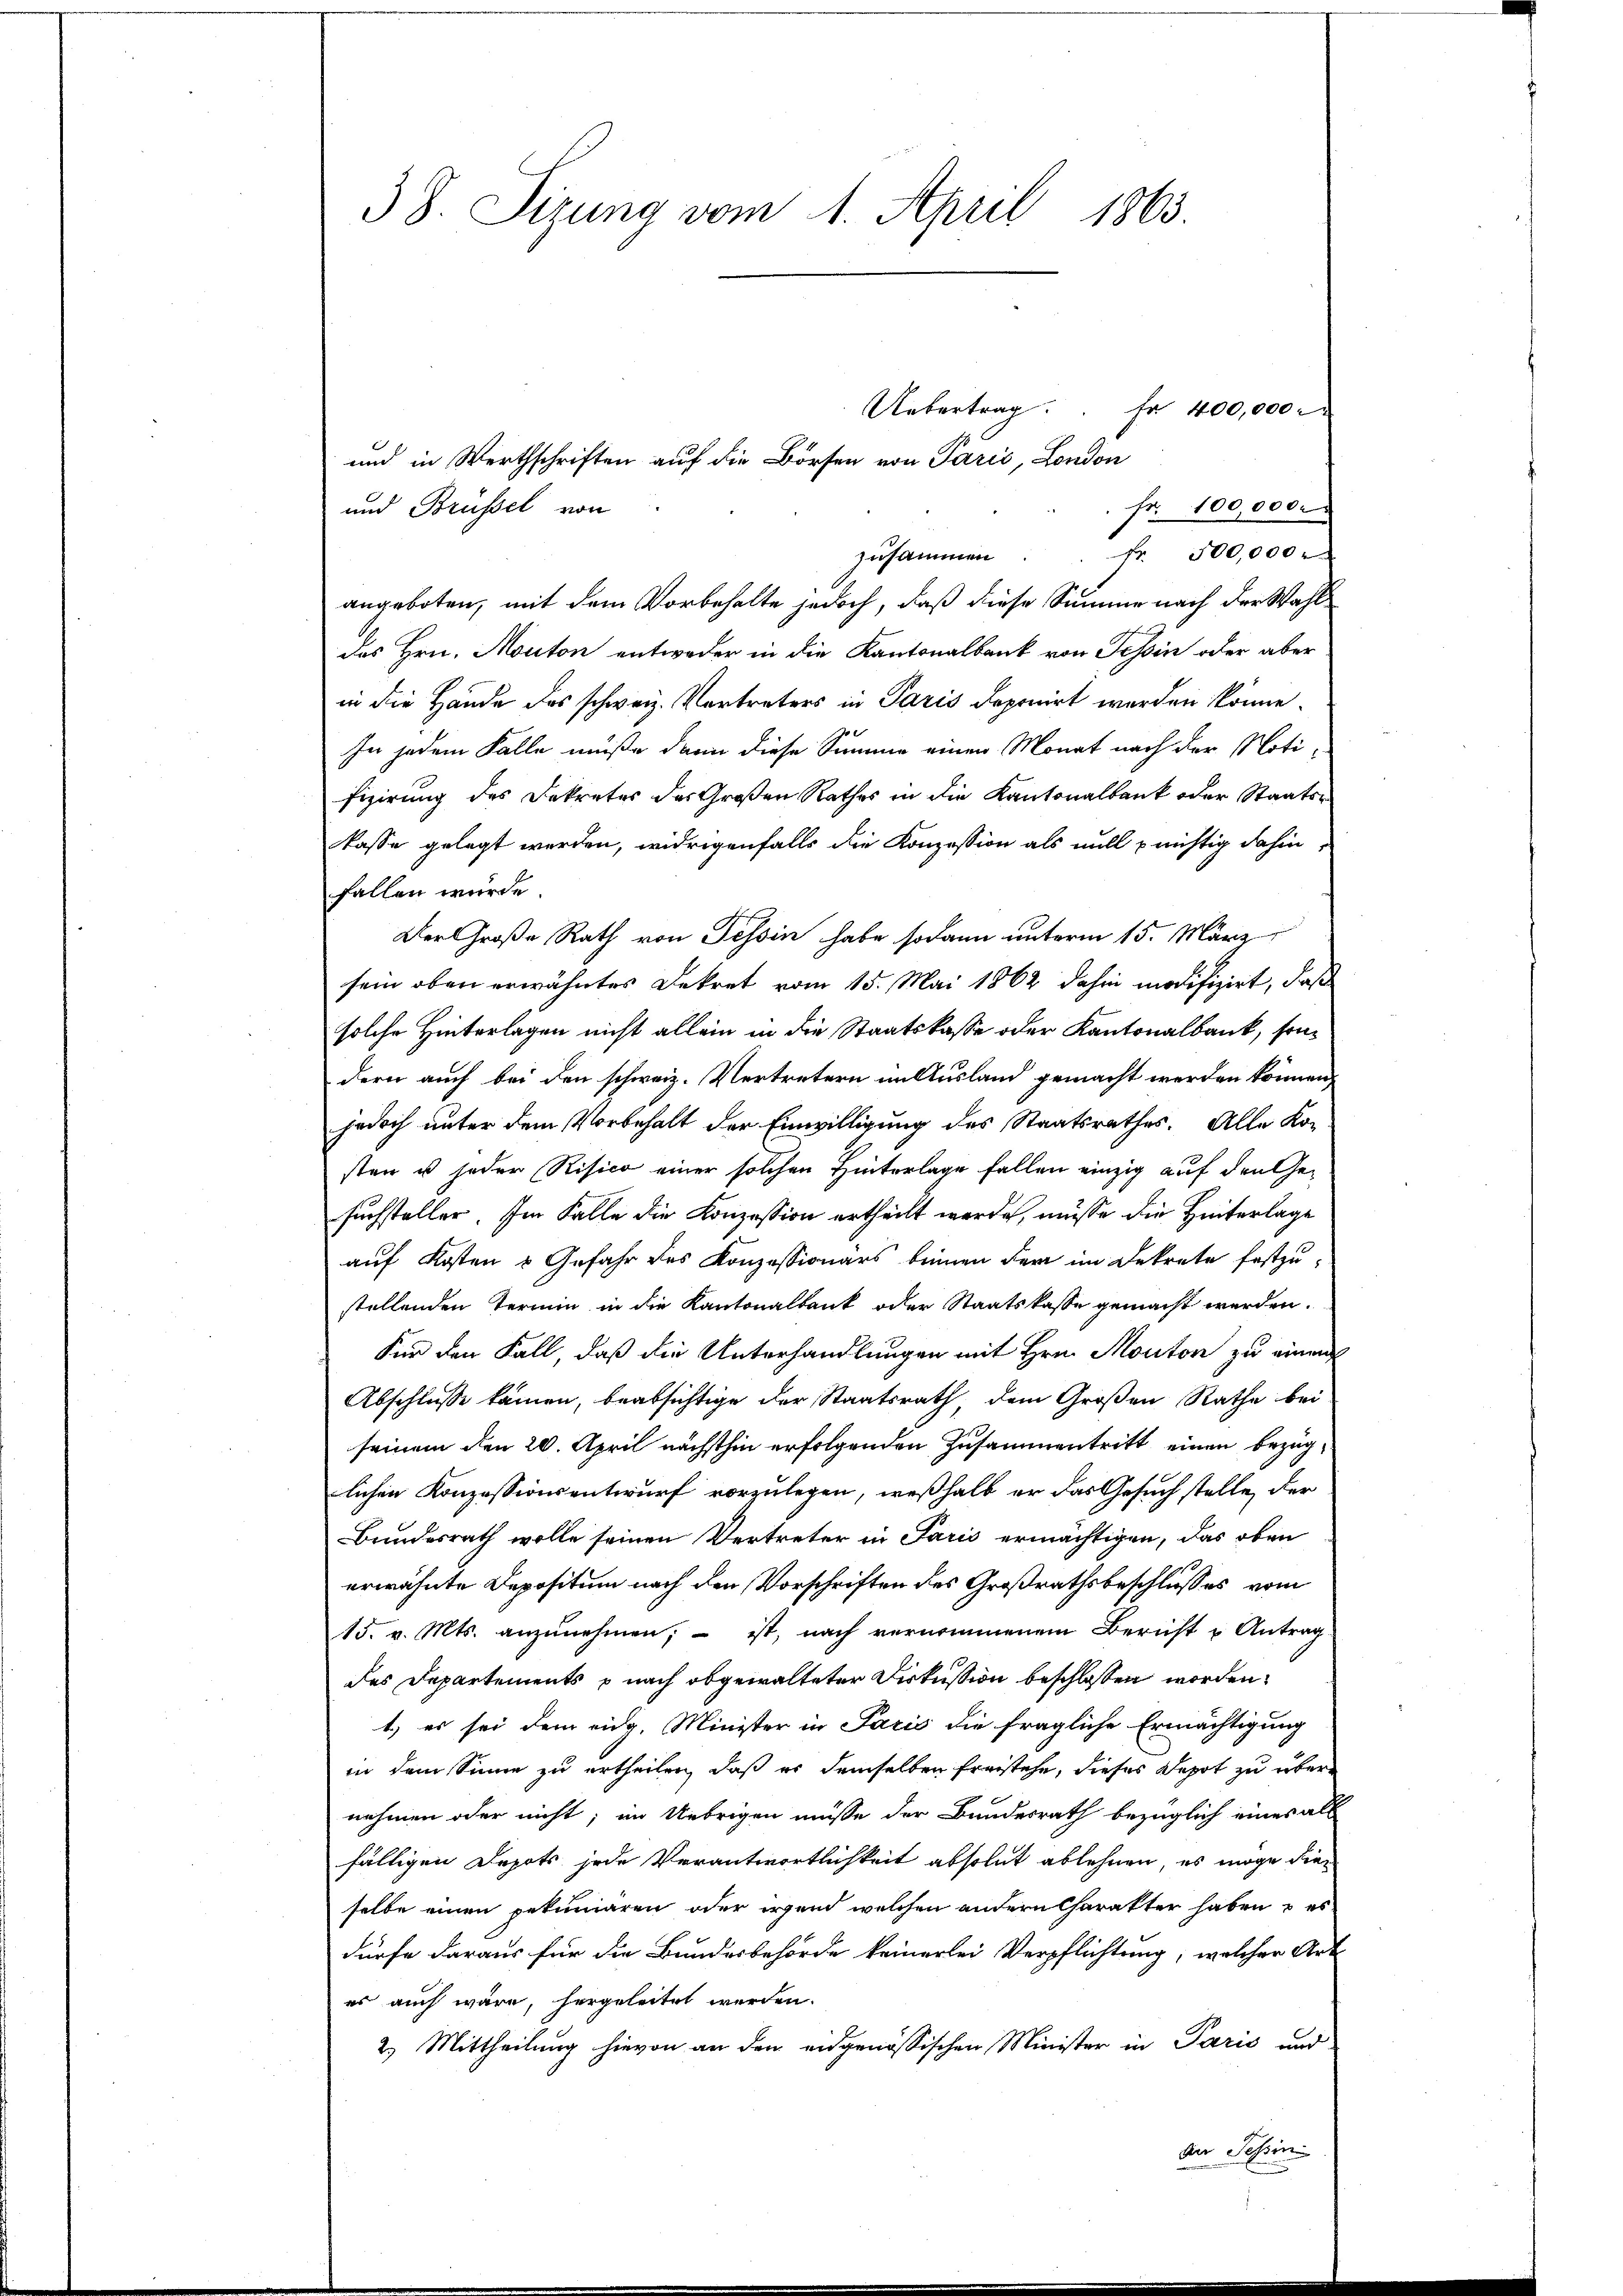
38. Sizung vom 1. April 1863.

Uebertrag. Fr. 400,000
fr. 100,000.
und Brüssel von
Fr. 500,000
zusammen
angeboten, mit dem Vorbehalte jedoch, daß diese Summe nach der Wahl
des Hrn. Monton entweder in die Kantonalbank von Tessin oder aber
in die Hände des schweiz. Vertreters in Paris deponirt werden könne.
In jedem Falle müße dann diese Summe einen Monat nach der Notifizirung des Dekretes des Großen Rathes in die Kantonalbank oder Staatskasse gelegt werden, widrigenfalls die Konzession als will prichtig dahin
fallen würde.
Der Große Rath von Tessin habe sodann unterm 15. März
sein oben erwähntes Dekret vom 15. Mai 1862 dahin modifizirt, daß
solche Hinterlagen nicht allein in die Staatskasse oder Kantonalbank, sondern auch bei den schweiz. Vertretern im Ausland gemacht werden können,
jedoch unter dem Vorbehalt der Einwilligung des Staatsrathes. Alle Kon-
sten u jeder Risico einer solchen Hinterlage fallen einzig auf den Gesuchsteller. Im Falle die Konzession ertheilt werde, müsse die Hinterlage
auf Kosten & Gefahr des Konzessionärs beinen der im Dekrete festzustellenden Termin in die Kantonalbank oder Staatskasse gemacht werden.
Für den Fall, daß die Unterhandlungen mit Hrn. Montor zu eine
Abschlusse kämen, beabsichtige der Staatsrath dem Großen Rathe bei
seinem den 20. April nächsthin erfolgenden Zusammentritt einen bezüglichen Konzessionsentwurf vorzulegen, weßhalb er das Gesuch stelle, der
Bundesrath wolle seinen Vertreter in Paris ermächtigen, das oben
erwähnte Depositum nach den Vorschriften des Großrathsbeschlusses vom
15. v. Mts. anzunehmen; – ist, nach vernommenem Bericht u Antrag
des Departements p nach abgewalteter Diskussion beschlossen worden,
1.) es sei dem eidg. Minister in Paris die fragliche Ermächtigung
in dem Sinne zu ertheilen, daß er demselben freistehe, dieses Depot zu übernehmen oder nicht; im Uebrigen müsse der Bundesrath bezüglich eines all
fälligen Depots jede Verantwortlichkeit absolut ablehnen, es möge dieselbe einen pekuniären oder irgend welchen andern Charakter haben & es
dürfe daraus für die Bundesbehörde keinerlei Verpflichtung, welcher Art
es auch wäre, hergeleitet werden.
2.) Mittheilung hievon an den eidgenössischen Minister in Paris und
der Sessini

und in Werthschriften auf die Börsen von Paris, London